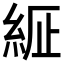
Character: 𦀍